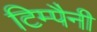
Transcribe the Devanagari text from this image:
टिम्पैनी